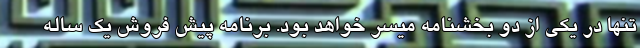
تنها در یکی از دو بخشنامه میسر خواهد بود. برنامه پیش فروش یک ساله